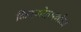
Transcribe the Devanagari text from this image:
किरणोत्सर्गाला